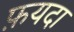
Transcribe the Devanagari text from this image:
फ़यदा